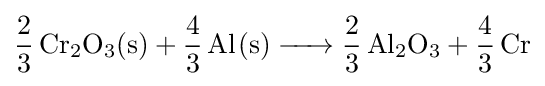
{\ce {2/3 Cr2O3(s) + 4/3 Al(s) -> 2/3 Al2O3 + 4/3 Cr}}